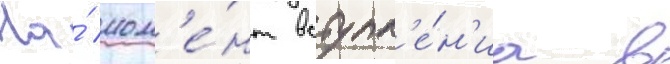
На́ мом'е́нт вступл'е́н'иа в